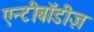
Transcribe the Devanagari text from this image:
एन्टीबॉडीज़